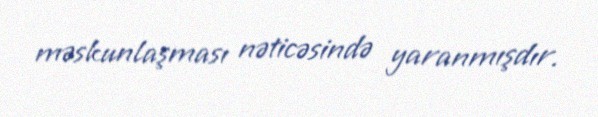
məskunlaşması nəticəsində yaranmışdır.